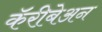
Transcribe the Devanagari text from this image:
कॅरीबेअन